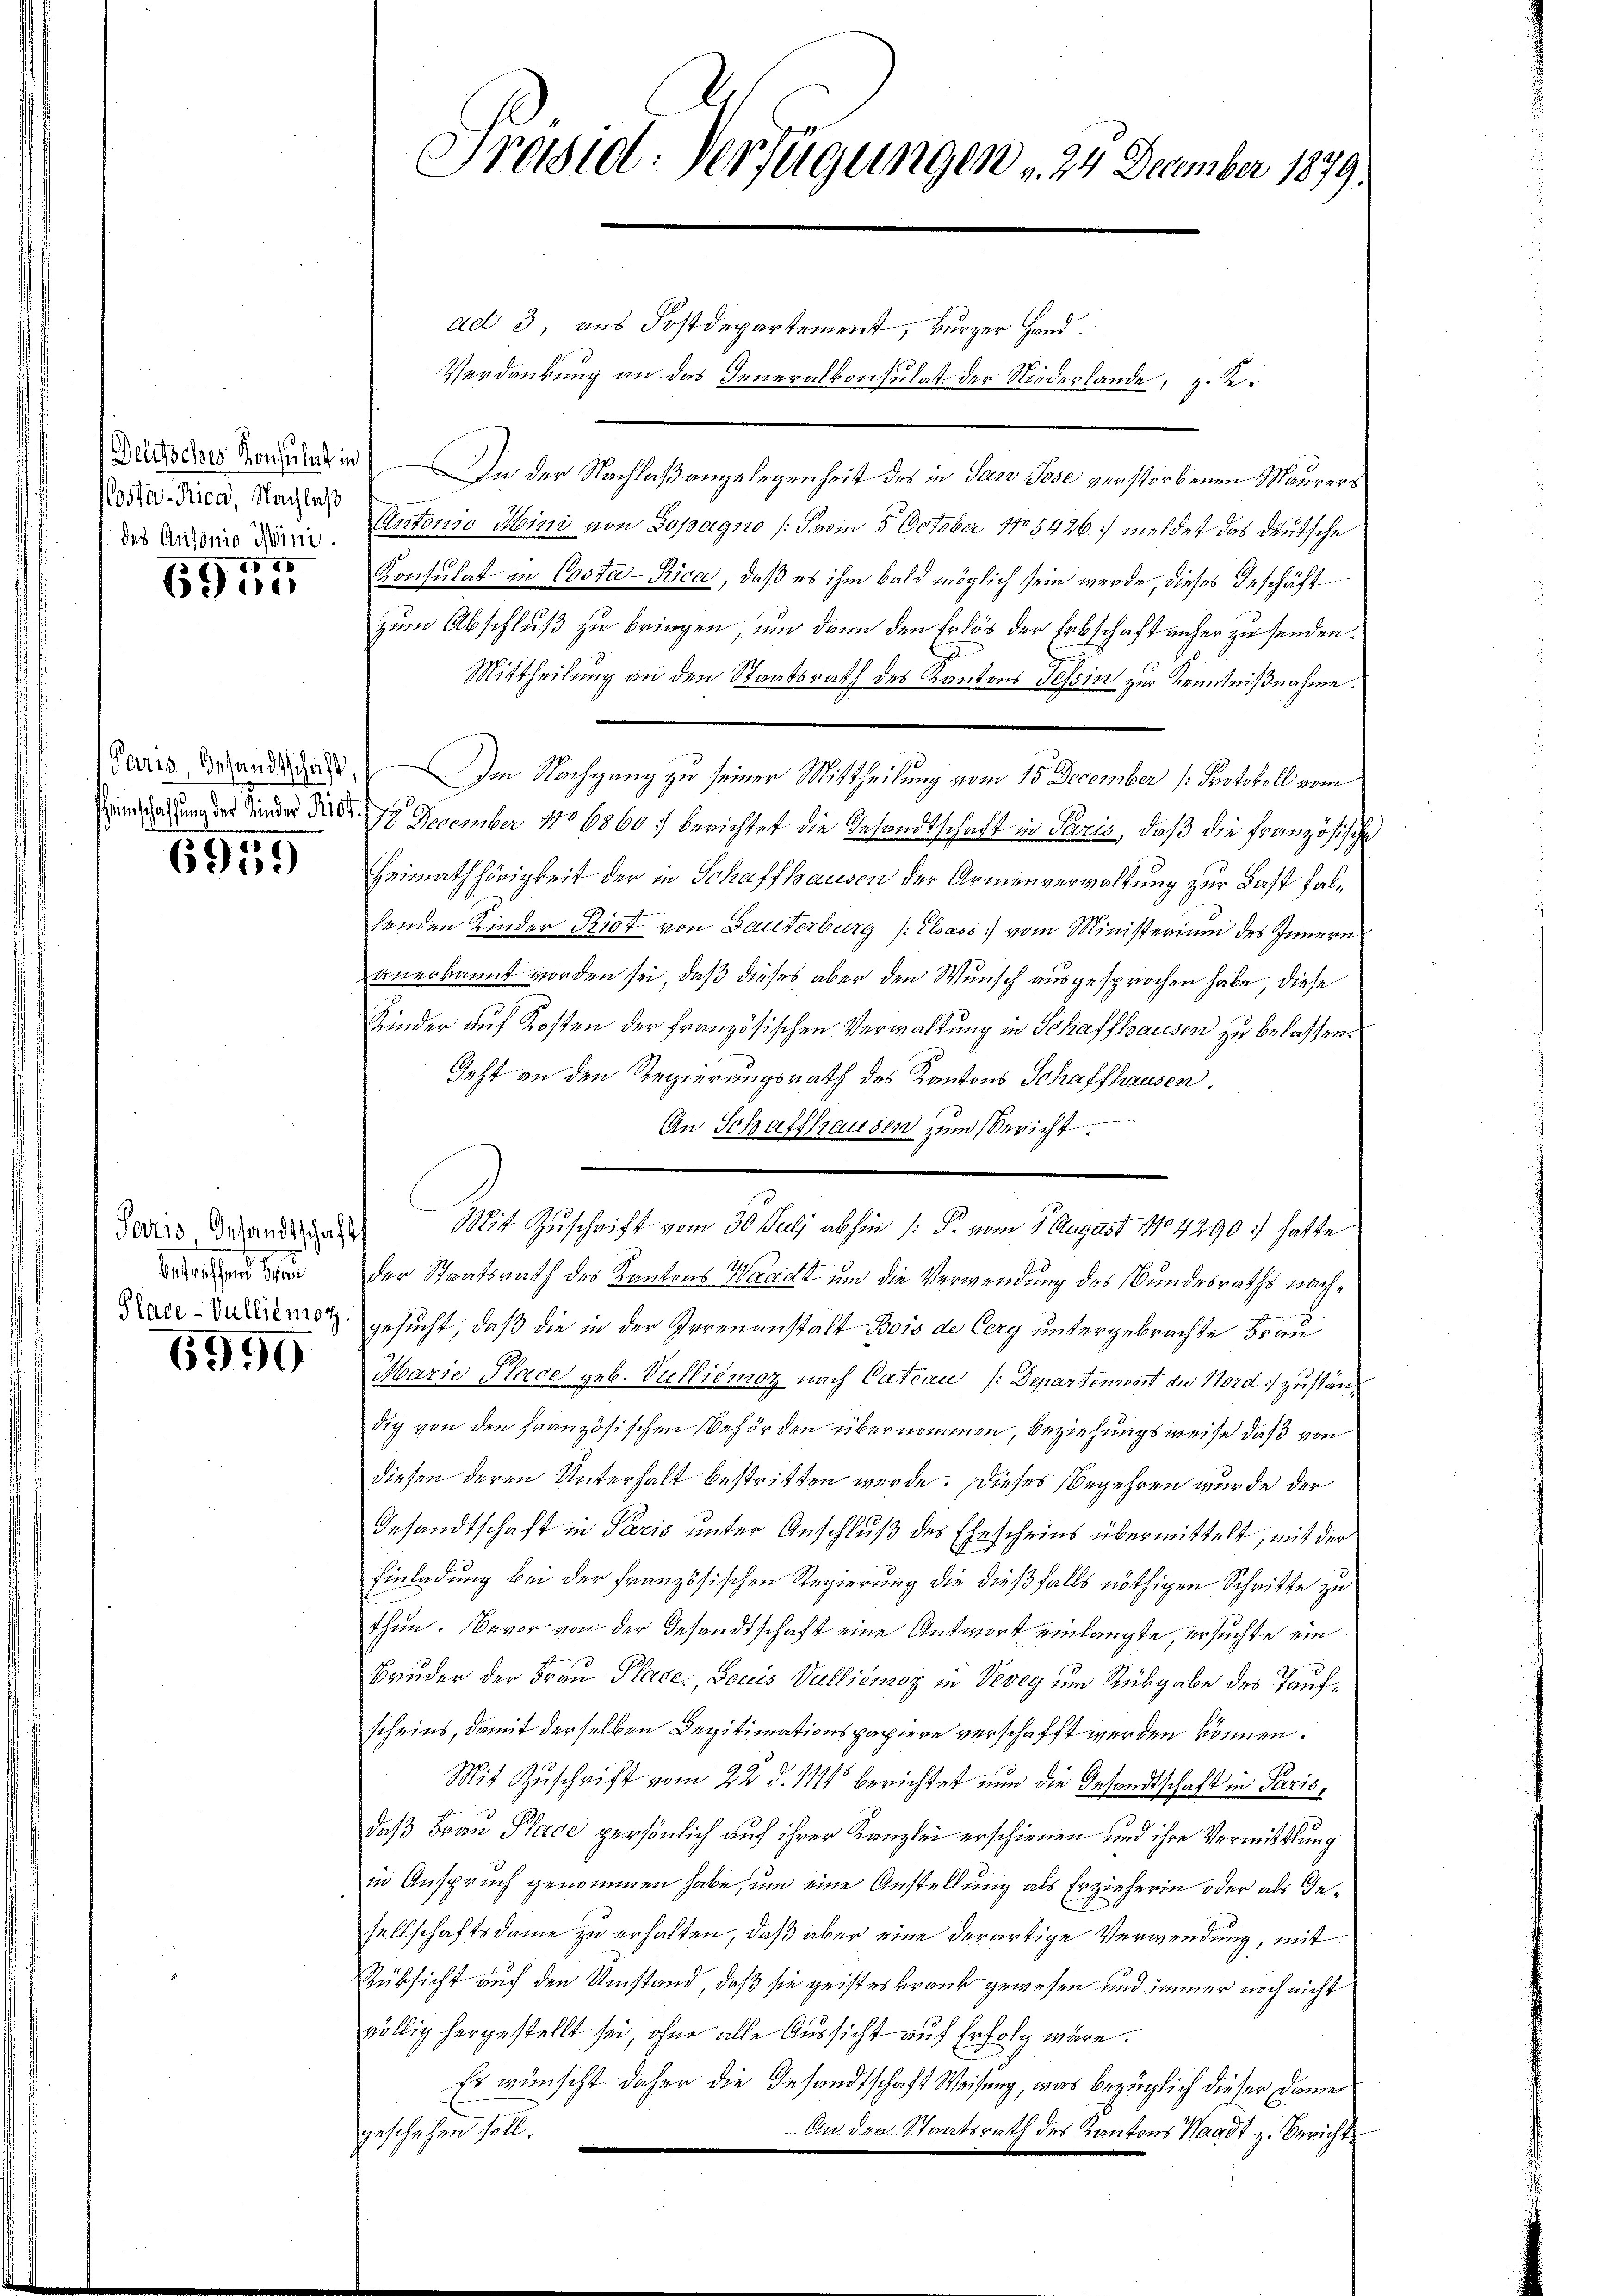
Costa-Rica, Nachlaß
des Antonio Mini.

1575
690

einschaffung der Kinder Riet.

6959

aesen der

6990

ad 3, aus Postdepartement, kurzer Hand.
Verdankung an das Generalkonsulat der Niederlande, z. K.
Deutsches Stand in In der Nachlaßangelegenheit des in Par Pose verstorbenen Maurers
Antonio Mini von Dopagno /:Svom 5. October 185426. meldet das deutsche
Konsulat in Costa-Rica, daß es ihm bald möglich sein werde, dieses Geschäft
zum Abschluß zu bringen, um dann den Erlös der Erbschaft anher zu senden.
Mittheilung an den Staatsrath des Kantons Tessin zur Kenntnißnahme.
Paris Brandidat Im Nachgang zu seiner Mittheilung vom 15. December (: Protokoll vom
18 December 1806860 berichtet die Gesandtschaft in Paris, daß die Französische
Heimathörigkeit der in Schaffhausen der Armenverwaltung zur Last falhenden Kinder Riet von Bauterburg (Elsass.) vom Ministerium des Innern
anerkannt worden sei, daß dieses aber den Wunsch ausgesprochen habe, diese
Kinder auf Kosten der französischen Verwaltung in Schaffhausen zu belassen.
Geht an den Regierungsrath des Kantons Schaffhausen.
An Schaffhausen zum Sericht.
Jeders Grand das Mit Zuschrift vom 30. Juli abhin /: P. vom 1. August 17842907 hatte
der Staatsrath des Kantons Waadt um die Verwendung des Bundesraths nach¬
Daerarmen gesucht, daß die in der Irrenanstalt Bois de Cerg untergebrachte Brod¬
Marie Place geb. Vulliemoz nach Cateau /: Departement du 1702 d.) zuständig von den französischen Behörden übernommen, beziehungsweise, daß von
diesen deren Unterhalt bestritten werde. Dieses Begehren wurde der
Gesandtschaft in Paris unter Anschluß des Ehescheins übermittelt, mit der
Einladung bei der französischen Regierung die dießfalls nöthigen Schritte zu
thun. Bevor von der Gesandtschaft eine Antwort einlangte, ersuchte ein
Bruder der Frau Place, Louis Vullienoz in Vevey um Rückgabe des Taufscheins, damit derselben Legitimationspapiere verschafft werden können.
Mit Zuschrift vom 22. d. 114 berichtet nun die Gesandtschaft in Paris,
daß Frau Place persönlich auf ihrer Kanzlei erschienen und ihre Vermittlung
in Anspruch genommen habe, um eine Anstellung als Erzieherin oder als Gesellschaftsdame zu erhalten, daß aber eine derartige Verwendung, mit
Rüksicht auf den Umstand, daß sie geisteskrank gewesen und immer noch nicht
völlig hergestellt sei, ohne alle Aussicht auf Erfolg wäre.
Es wünscht daher die Gesandtschaft Weisung, was bezüglich dieser Damen
An den Staatsrath des Kantons Staadt z. Berichts
geschlichen soll.

Präsid. Verfügungen u. 24 December 1879.